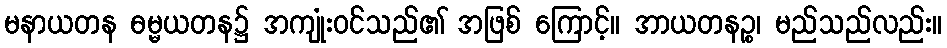
မနာယတန ဓမ္မယတန၌ အကျုံးဝင်သည်၏ အဖြစ် ကြောင့်။ အာယတနဉ္စ၊ မည်သည်လည်း။